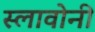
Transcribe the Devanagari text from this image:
स्लावोनी